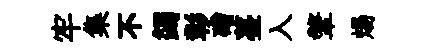
牢集不蠲彰磳薹入鞶煬